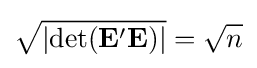
{\sqrt {\left|\operatorname {det} (\mathbf {E} '\mathbf {E} )\right|}}={\sqrt {n}}